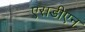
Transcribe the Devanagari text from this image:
एसडीएन